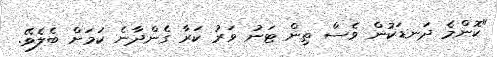
"ކޮންމެ ދަނޑަކުން ވެސް ތިން ޓަނު ވަރު ކަރާ ގެންދާނެ ކަމަށް ބެލެވޭ.